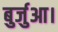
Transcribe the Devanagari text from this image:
बुर्जुआ।